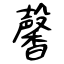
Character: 馨